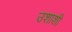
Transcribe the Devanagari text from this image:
उशाशी